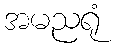
အမညရုံ